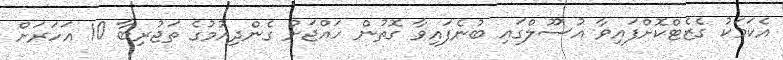
އެކަމަކު ގެޒެޓްކޮށްފައިވާ އުސޫލްގައި ބުނެފައިވާ ގޮތުން ހައްޖަށް ގެންދިއުމުގެ ތަޖުރިބާ 10 އަހަރަށް